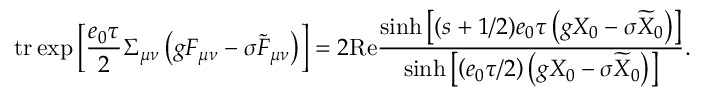
\mathrm { t r } \exp \left[ \frac { e _ { 0 } \tau } 2 \Sigma _ { \mu \nu } \left( g F _ { \mu \nu } - \sigma \widetilde { F } _ { \mu \nu } \right) \right] = 2 \mathrm { R e } \frac { \sinh \left[ ( s + 1 / 2 ) e _ { 0 } \tau \left( g X _ { 0 } - \sigma \widetilde { X } _ { 0 } \right) \right] } { \sinh \left[ \left( e _ { 0 } \tau / 2 \right) \left( g X _ { 0 } - \sigma \widetilde { X } _ { 0 } \right) \right] } .